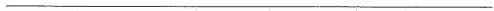
___